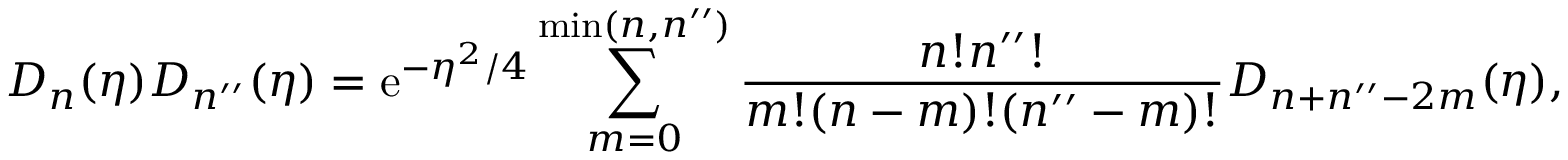
D _ { n } ( \eta ) D _ { n ^ { \prime \prime } } ( \eta ) = \mathrm { e } ^ { - \eta ^ { 2 } / 4 } \sum _ { m = 0 } ^ { \mathrm { m i n } ( n , n ^ { \prime \prime } ) } \frac { n ! n ^ { \prime \prime } ! } { m ! ( n - m ) ! ( n ^ { \prime \prime } - m ) ! } D _ { n + n ^ { \prime \prime } - 2 m } ( \eta ) ,